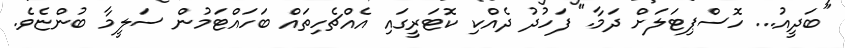
"ބަދީއު... ހޮސްޕިޓަލަށް ދަމާ." ފަހުދު ދެއްކި ކޮޓަރީގައި އެއްޗެހިތައް ބަހައްޓަމުން ސަލީމާ ބުންޏެވެ.